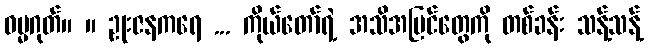
ဓမ္မဂုတ်။ ။ ဥုးဇနကရေ ... ကိုယ်တော်ရဲ့ အသိအမြင်တွေကို တစ်ခန်း သန့်သန့်